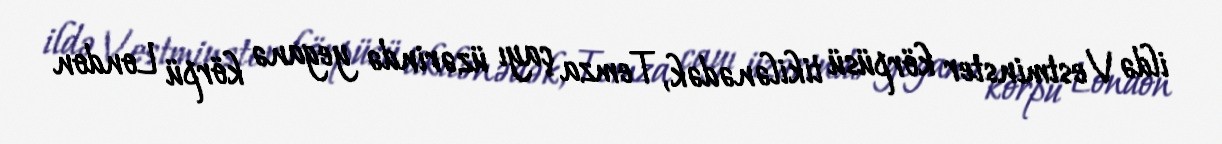
ildə Vestminster körpüsü tikilənədək, Temza çayı üzərində yeganə körpü London